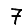
Digit: 7